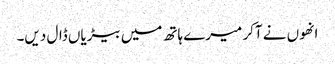
انھوں نے آکر میرے ہاتھ میں بیڑیاں ڈال دیں۔